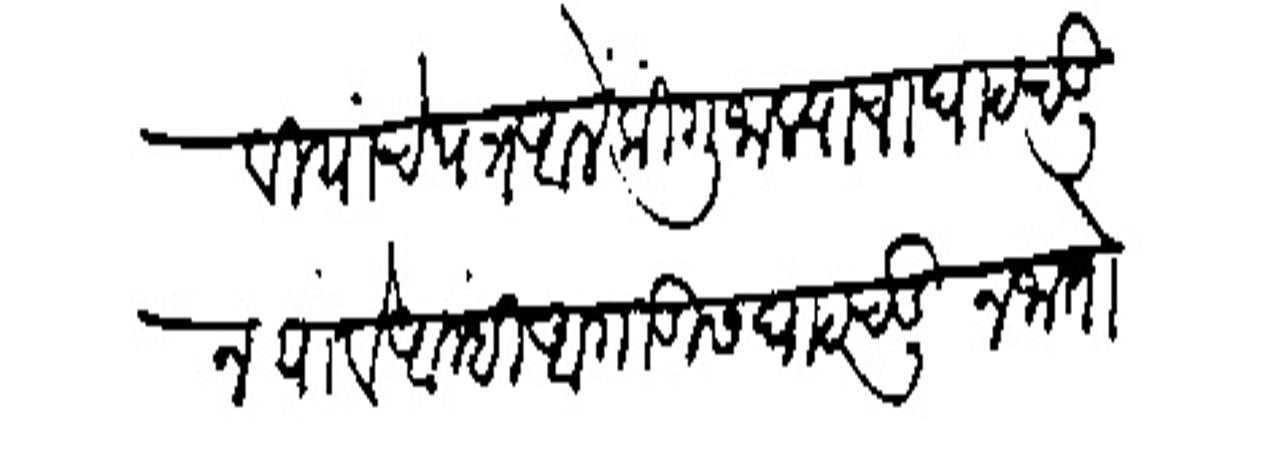
Transliteration (Devanagari): गोसावियांचे पत्र आलें कों गुजाल्याचा घाट चडून पांवे नांम्ही आगाडीस घाट चडून जातो